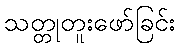
သတ္တုတူးဖော်ခြင်း